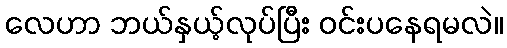
လေဟာ ဘယ်နှယ့်လုပ်ပြီး ဝင်းပနေရမလဲ။